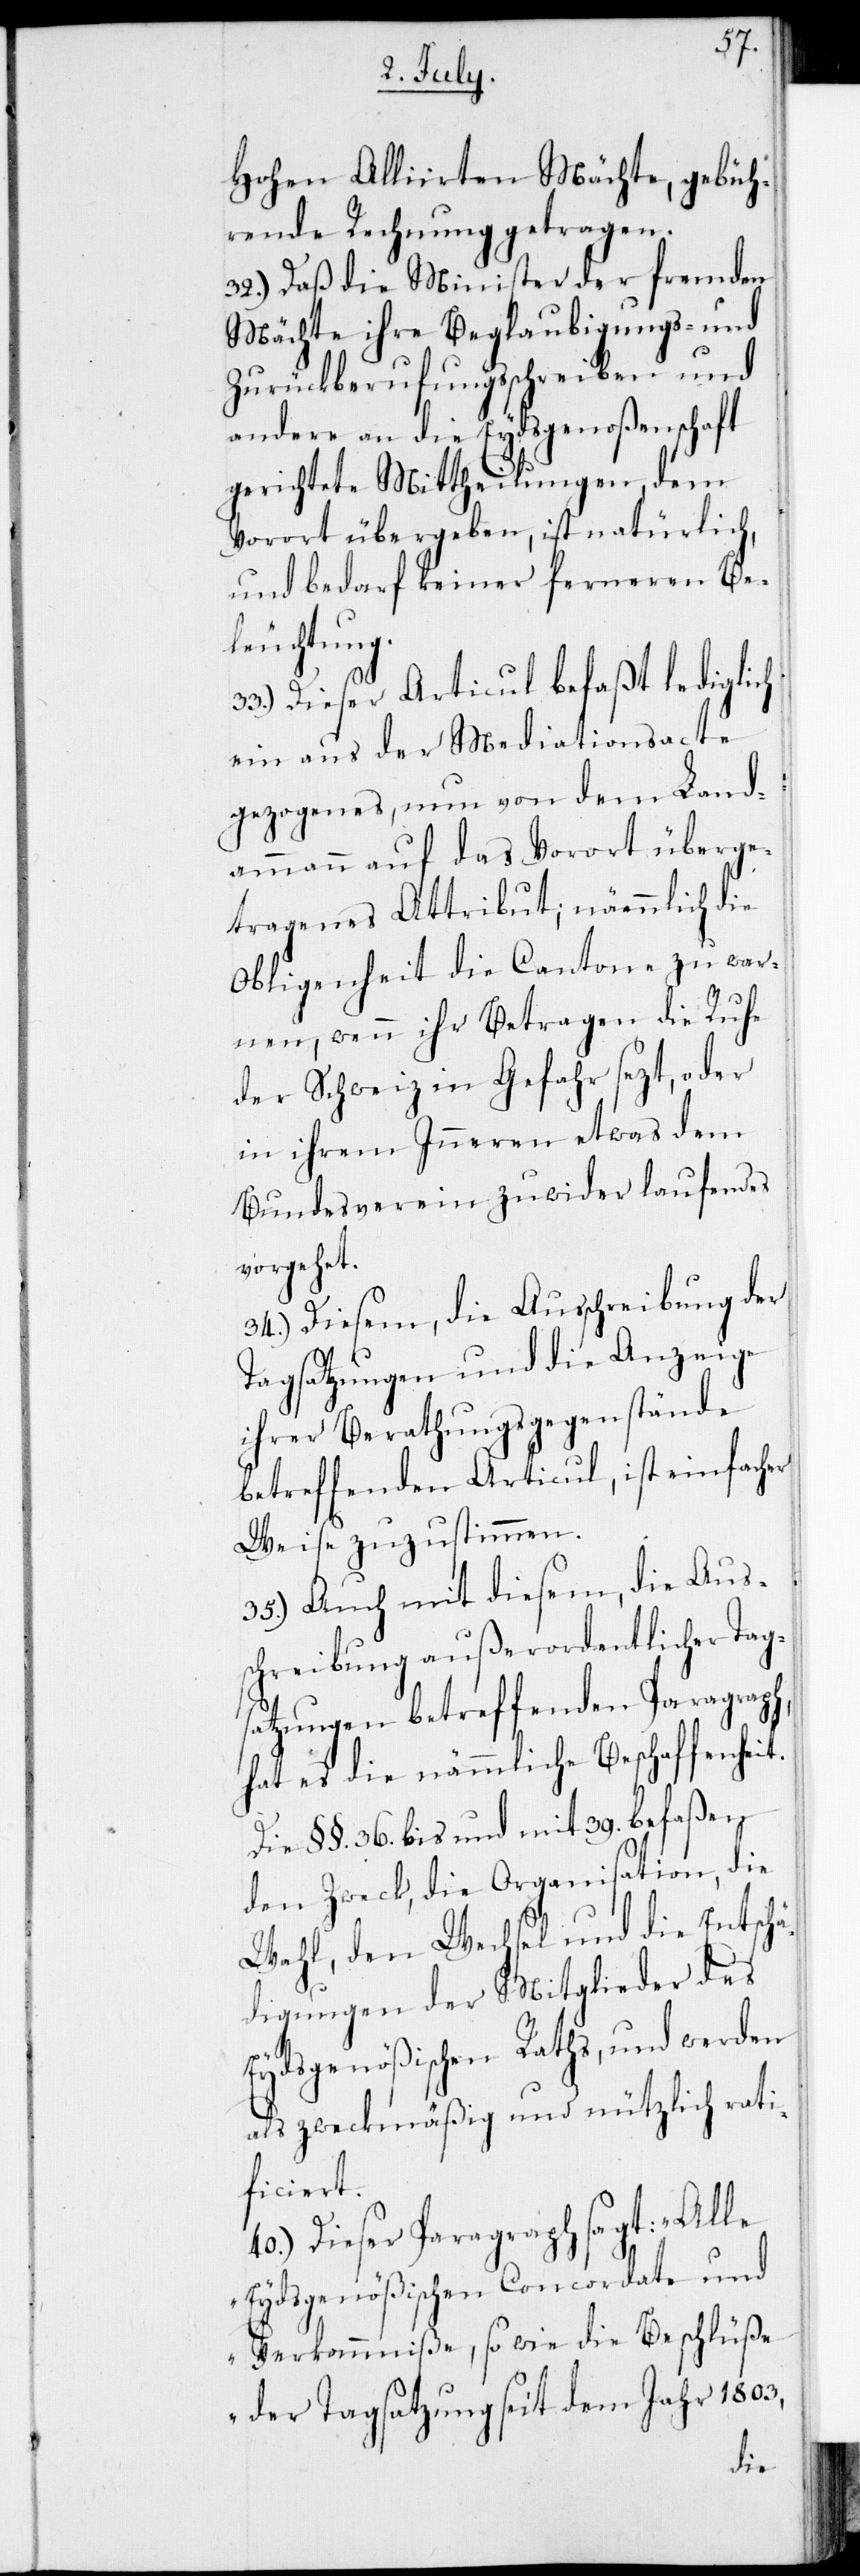
Hohen Alliirten Mächte, gebüh¬
rende Rechnung getragen.
32.) Daß die Minister der fremden
Mächte ihre Beglaubigungs- und
Zurückberufungsschreiben und
andere an die Eydsgenoßenschaft
gerichtete Mittheilungen, dem
Vorort übergeben, ist natürlich,
und bedarf keiner ferneren Be¬
leuchtung.
33.) Dieser Articul befaßt lediglich
ein aus der Mediationsacte
gezogenes, nun von dem Land¬
ammann auf das Vorort überge¬
tragenes Attribut; nämmlich die
Obligenheit die Cantone zu war¬
nen, wenn ihr Betragen die Ruhe
der Schweiz in Gefahr sezt, oder
in ihrem Inneren etwas dem
Bundesverein zuwiderlaufendes
vorgehet.
34.) Diesem, die Ausschreibung der
Tagsatzungen und die Anzeige
ihrer Berathungsgegenstände
betreffende Articul, ist einfacher
Weise zuzustimmen.
35.) Auch mit diesem, die Aus¬
schreibung außerordentlicher Tag¬
satzungen betreffenden Paragraph,
hat es die nämmliche Beschaffenheit.
Die § §. 36. bis und mit 39. befaßen
den Zweck, die Organisation, die
Wahl, den Wechsel und die Entschä¬
digungen der Mitglieder des
Eydsgenößischen Raths, und werden
als zweckmäßig und nützlich rati¬
ficiert.
40.) Dieser Paragraph sagt: „Alle
Eydsgenößischen Concordate und
Vorkommniße, sowie die Beschlüße
der Tagsatzung seit dem Jahr 1803,